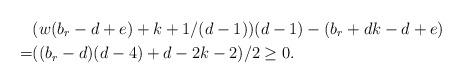
LaTeX: \begin{align*}& (w(b_r-d+e) + k+1/(d-1))(d-1)-(b_r+dk-d+e) \\= & ((b_r-d)(d-4) + d-2k-2 ) /2 \ge0.\end{align*}